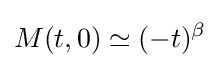
M(t,0)\simeq (-t)^{\beta }